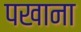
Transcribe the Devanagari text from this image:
पखाना